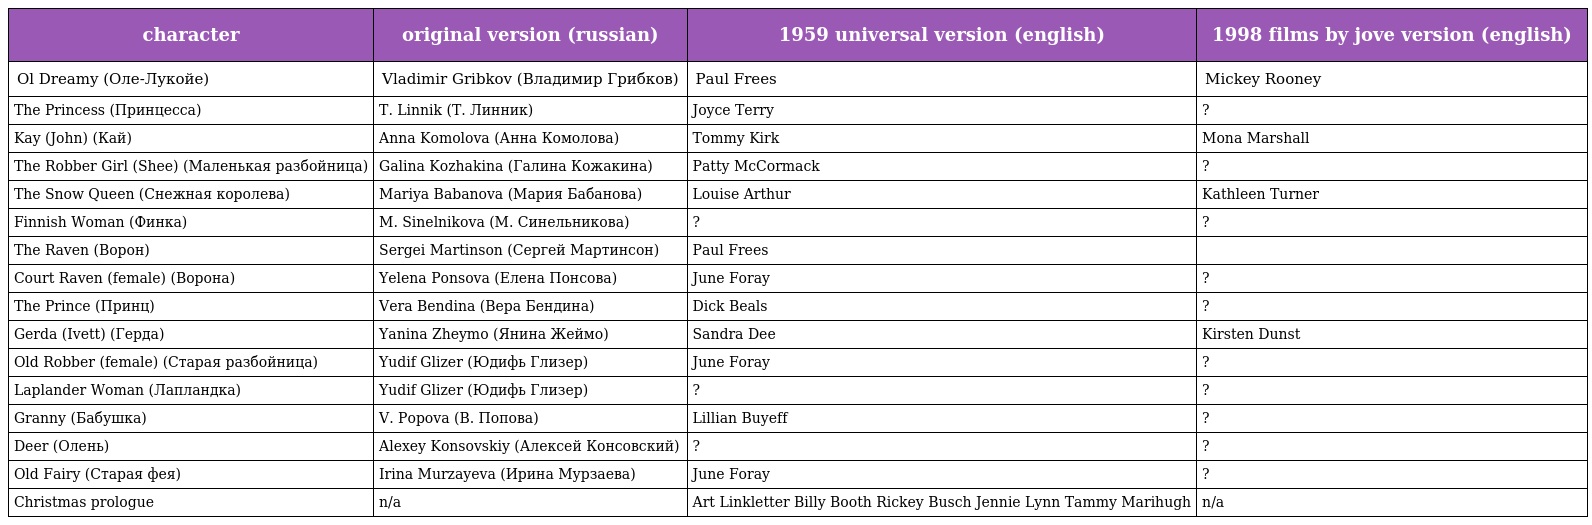
| character | original version (russian) | 1959 universal version (english) | 1998 films by jove version (english) |
 | --- | --- | --- | --- |
 | Ol Dreamy (Оле-Лукойе) | Vladimir Gribkov (Владимир Грибков) | Paul Frees | Mickey Rooney |
 | The Princess (Принцесса) | T. Linnik (Т. Линник) | Joyce Terry | ? |
 | Kay (John) (Кай) | Anna Komolova (Анна Комолова) | Tommy Kirk | Mona Marshall |
 | The Robber Girl (Shee) (Маленькая разбойница) | Galina Kozhakina (Галина Кожакина) | Patty McCormack | ? |
 | The Snow Queen (Снежная королева) | Mariya Babanova (Мария Бабанова) | Louise Arthur | Kathleen Turner |
 | Finnish Woman (Финка) | M. Sinelnikova (М. Синельникова) | ? | ? |
 | The Raven (Ворон) | Sergei Martinson (Сергей Мартинсон) | Paul Frees |  |
 | Court Raven (female) (Ворона) | Yelena Ponsova (Елена Понсова) | June Foray | ? |
 | The Prince (Принц) | Vera Bendina (Вера Бендина) | Dick Beals | ? |
 | Gerda (Ivett) (Герда) | Yanina Zheymo (Янина Жеймо) | Sandra Dee | Kirsten Dunst |
 | Old Robber (female) (Старая разбойница) | Yudif Glizer (Юдифь Глизер) | June Foray | ? |
 | Laplander Woman (Лапландка) | Yudif Glizer (Юдифь Глизер) | ? | ? |
 | Granny (Бабушка) | V. Popova (В. Попова) | Lillian Buyeff | ? |
 | Deer (Олень) | Alexey Konsovskiy (Алексей Консовский) | ? | ? |
 | Old Fairy (Старая фея) | Irina Murzayeva (Ирина Мурзаева) | June Foray | ? |
 | Christmas prologue | n/a | Art Linkletter Billy Booth Rickey Busch Jennie Lynn Tammy Marihugh | n/a |